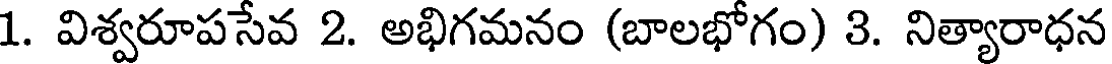
1. విశ్వరూపసేవ 2. అభిగమనం (బాలభోగం) 3. నిత్యారాధన